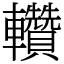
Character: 䡽